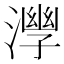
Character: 𣾧